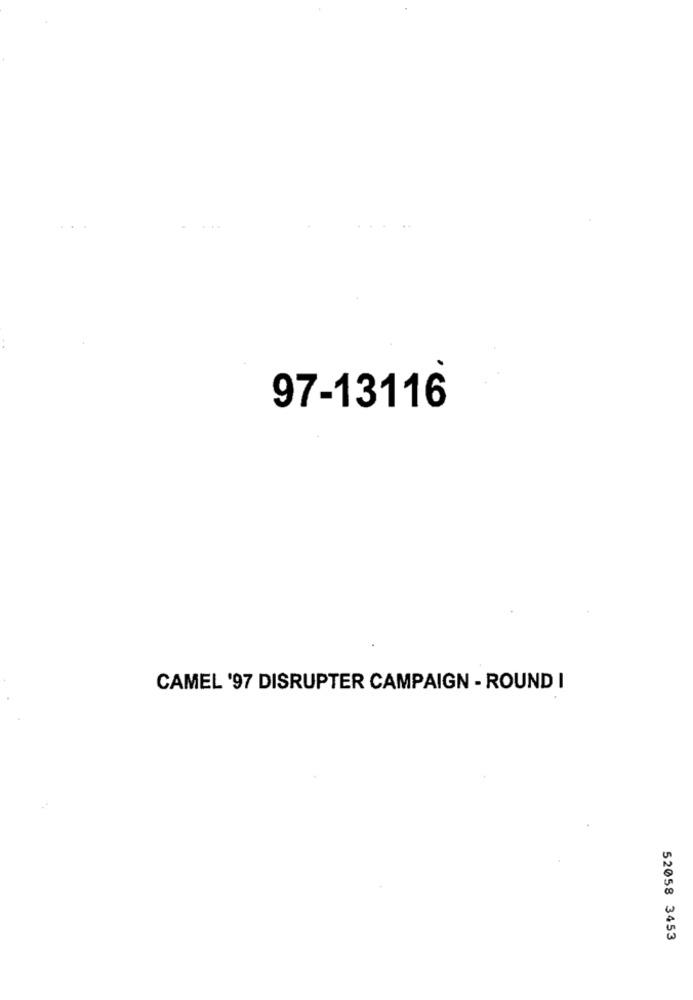
97-13116
CAMEL '97 DISRUPTER CAMPAIGN - ROUND I
52058 3453